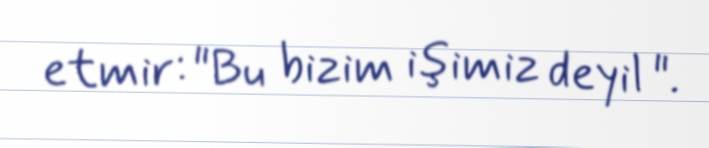
etmir: "Bu bizim işimiz deyil ".